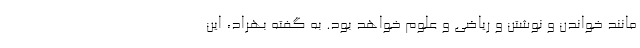
مانند خواندن و نوشتن و ریاضی و علوم خواهد بود. به گفته بهراد، این